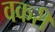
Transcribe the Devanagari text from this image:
वकरी